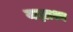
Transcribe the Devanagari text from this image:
यज्ञाश्व